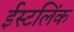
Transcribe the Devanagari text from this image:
ईस्टलिंक